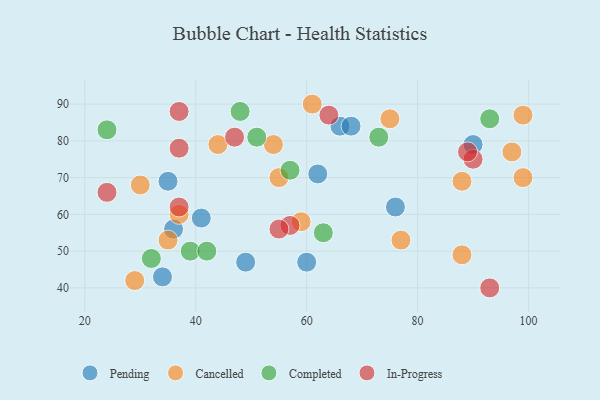
{"axis": {"x": "GDP", "y": "Life Expectancy"}, "legend": ["Cancelled", "Completed", "In-Progress", "Pending"], "data": [{"x": "60", "y": 47, "type": "Pending"}, {"x": "62", "y": 71, "type": "Pending"}, {"x": "49", "y": 47, "type": "Pending"}, {"x": "66", "y": 84, "type": "Pending"}, {"x": "41", "y": 59, "type": "Pending"}, {"x": "76", "y": 62, "type": "Pending"}, {"x": "68", "y": 84, "type": "Pending"}, {"x": "36", "y": 56, "type": "Pending"}, {"x": "34", "y": 43, "type": "Pending"}, {"x": "90", "y": 79, "type": "Pending"}, {"x": "35", "y": 69, "type": "Pending"}, {"x": "54", "y": 79, "type": "Cancelled"}, {"x": "99", "y": 87, "type": "Cancelled"}, {"x": "99", "y": 70, "type": "Cancelled"}, {"x": "29", "y": 42, "type": "Cancelled"}, {"x": "88", "y": 69, "type": "Cancelled"}, {"x": "61", "y": 90, "type": "Cancelled"}, {"x": "88", "y": 49, "type": "Cancelled"}, {"x": "55", "y": 70, "type": "Cancelled"}, {"x": "44", "y": 79, "type": "Cancelled"}, {"x": "97", "y": 77, "type": "Cancelled"}, {"x": "37", "y": 60, "type": "Cancelled"}, {"x": "35", "y": 53, "type": "Cancelled"}, {"x": "30", "y": 68, "type": "Cancelled"}, {"x": "59", "y": 58, "type": "Cancelled"}, {"x": "75", "y": 86, "type": "Cancelled"}, {"x": "77", "y": 53, "type": "Cancelled"}, {"x": "48", "y": 88, "type": "Completed"}, {"x": "32", "y": 48, "type": "Completed"}, {"x": "93", "y": 86, "type": "Completed"}, {"x": "57", "y": 72, "type": "Completed"}, {"x": "63", "y": 55, "type": "Completed"}, {"x": "51", "y": 81, "type": "Completed"}, {"x": "73", "y": 81, "type": "Completed"}, {"x": "24", "y": 83, "type": "Completed"}, {"x": "39", "y": 50, "type": "Completed"}, {"x": "42", "y": 50, "type": "Completed"}, {"x": "90", "y": 75, "type": "In-Progress"}, {"x": "37", "y": 88, "type": "In-Progress"}, {"x": "37", "y": 62, "type": "In-Progress"}, {"x": "57", "y": 57, "type": "In-Progress"}, {"x": "89", "y": 77, "type": "In-Progress"}, {"x": "93", "y": 40, "type": "In-Progress"}, {"x": "24", "y": 66, "type": "In-Progress"}, {"x": "55", "y": 56, "type": "In-Progress"}, {"x": "64", "y": 87, "type": "In-Progress"}, {"x": "37", "y": 78, "type": "In-Progress"}, {"x": "47", "y": 81, "type": "In-Progress"}]}